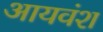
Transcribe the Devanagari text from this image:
आयवंश